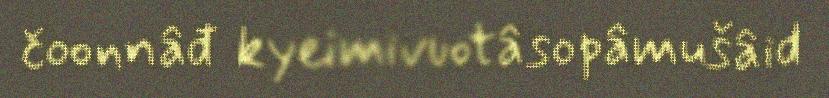
čoonnâđ kyeimivuotâsopâmušâid